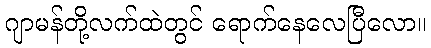
ဂျာမန်တို့လက်ထဲတွင် ရောက်နေလေပြီလော။